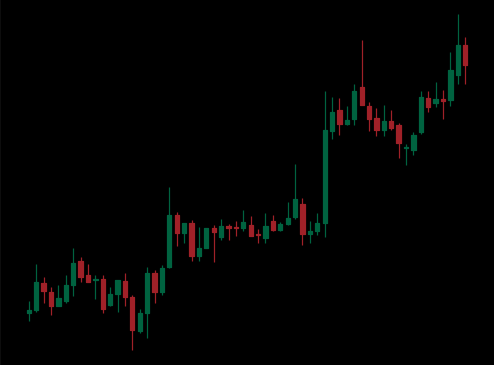
Pattern: unclassified